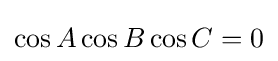
\cos {A}\cos {B}\cos {C}=0